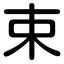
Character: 束